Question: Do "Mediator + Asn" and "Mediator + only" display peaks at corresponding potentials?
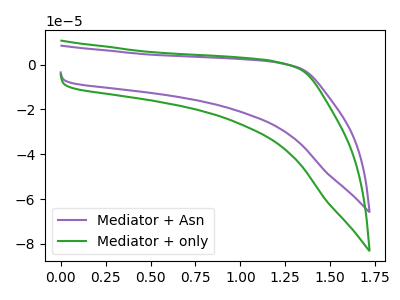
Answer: <think>The purple curve "Mediator + Asn" has no peaks. The green curve "Mediator + only" has no peaks.</think>
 <answer>Niether CV has any peaks.</answer>
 <eval>blanks</eval>